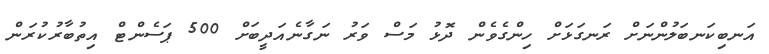
އަނބިކަނބަލުންނަށް ރަނގަޅަށް ހިންގެވެން ދޮޅު މަސް ވަރު ނަގާނެއަދީބަށް 500 ޕަސެންޓް އިތުބާރުކުރަން